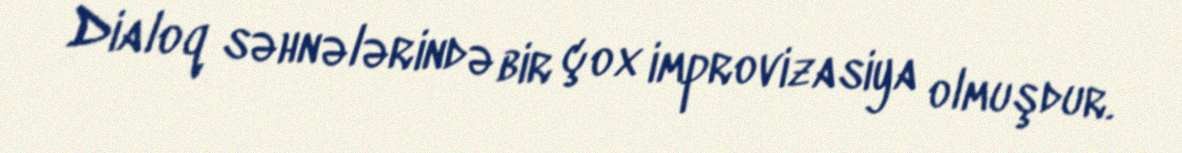
Dialoq səhnələrində bir çox improvizasiya olmuşdur.